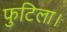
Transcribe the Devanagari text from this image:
फुटिला।